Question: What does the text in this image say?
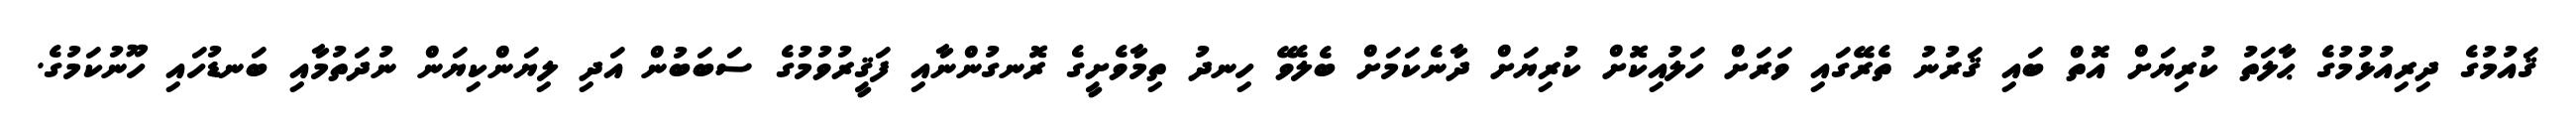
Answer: ޤައުމުގެ ދިރިއުޅުމުގެ ޙާލަތު ކުރިޔަށް އޮތް ބައި ޤަރުނު ތެރޭގައި ވަރަށް ހަލުއިކޮށް ކުރިޔަށް ދާނެކަމަށް ބެލެވޭ ހިނދު ތިމާވެށީގެ ރޮނގުންނާއި ފަޤީރުވުމުގެ ސަބަބުން އަދި ލިޔަންކިޔަން ނުދަތުމާއި ބަނޑުހައި ހޫނުކަމުގެ.